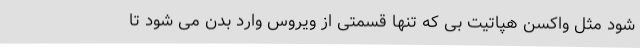
شود مثل واکسن هپاتیت بی که تنها قسمتی از ویروس وارد بدن می شود تا